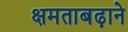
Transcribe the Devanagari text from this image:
क्षमताबढ़ाने